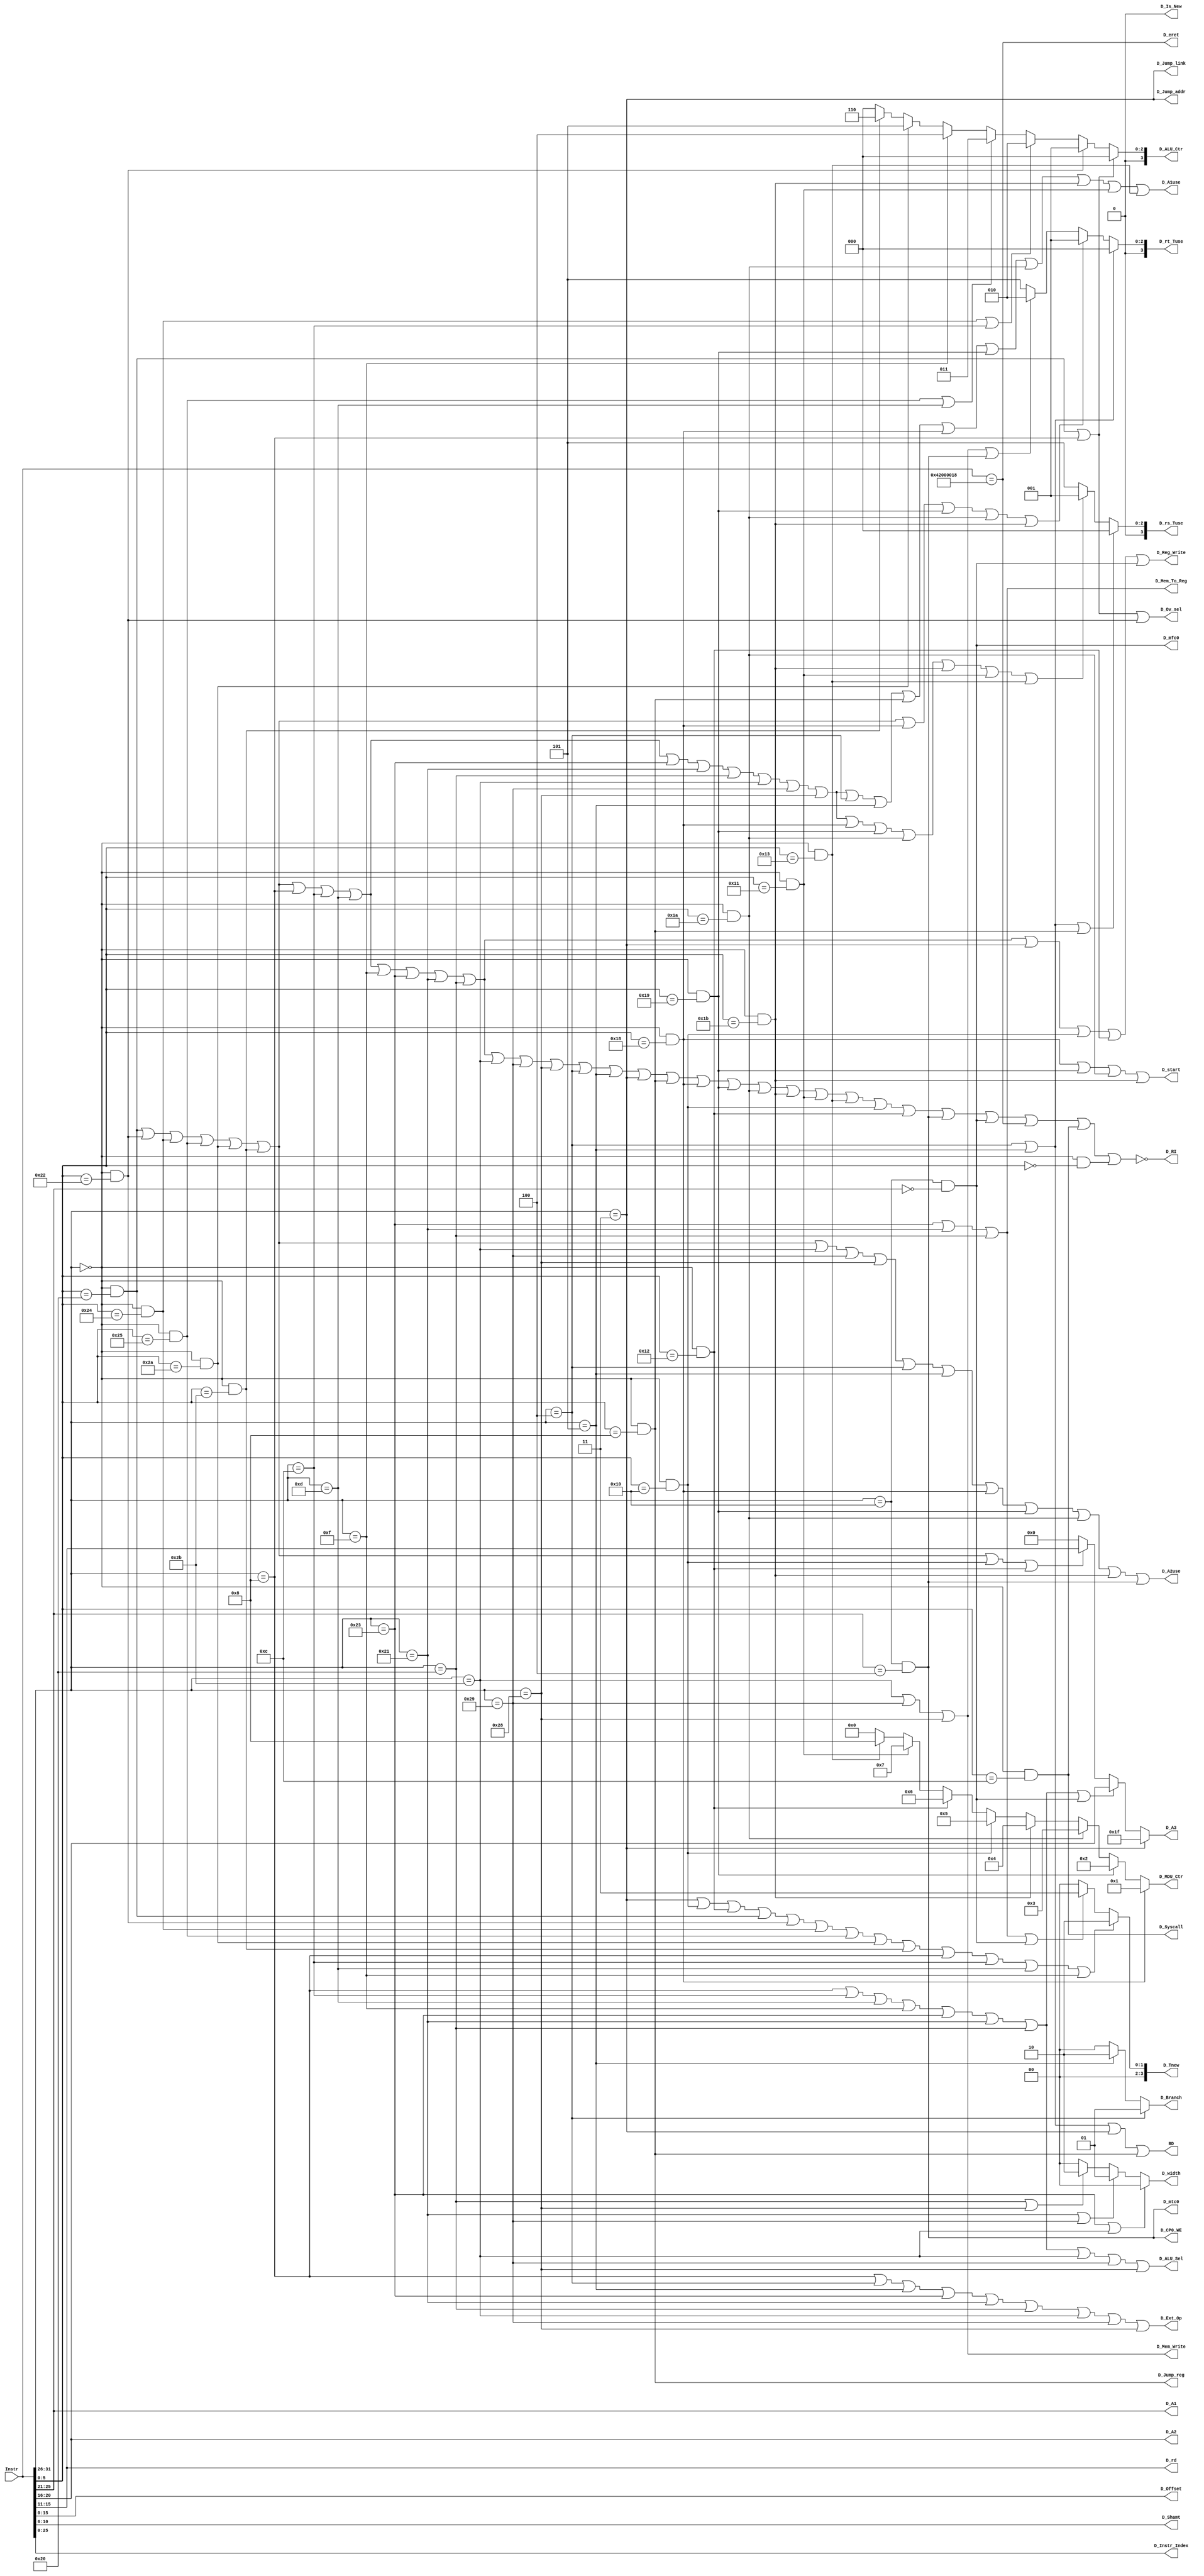
`timescale 1ns / 1ps
//////////////////////////////////////////////////////////////////////////////////
// Company: 
// Engineer: 
// 
// Design Name: 
// Module Name:    D_controller 
// Project Name: 
// Target Devices: 
// Tool versions: 
// Description: 
//
// Dependencies: 
//
// Revision: 
// Revision 0.01 - File Created
// Additional Comments: 
//
//////////////////////////////////////////////////////////////////////////////////
module D_Controller(
	input [31:0] Instr,
//Splitter	    
	output [4:0] D_A1,
    output [4:0] D_A2,
    output [4:0] D_A3,
    output [4:0] D_rd,
    output [15:0] D_Offset,
    output [4:0] D_Shamt,
    output [25:0] D_Instr_Index,
//Controller	
	output D_ALU_Sel,
    output D_Mem_To_Reg,
    output D_Mem_Write,
    output [1:0] D_width,
    output D_Reg_Write,
    output [1:0] D_Branch,
    output D_Ext_Op,
    output D_Jump_addr,
    output D_Jump_reg,
	output D_Jump_link,
    output [3:0] D_ALU_Ctr,
	output [3:0] D_MDU_Ctr,
	output D_start,
	
	output D_RI,
	output D_Syscall,
	output D_eret,
	output D_mfc0,
	output D_mtc0,
	output D_CP0_WE,
	output BD,
	output D_Ov_sel,
	
	output D_Is_New,
	
//Forward_control	
	output [3:0] D_rs_Tuse,
	output [3:0] D_rt_Tuse,
	output [3:0] D_Tnew,
	output D_A1use,//use
    output D_A2use
    );

//splitter
    wire [5:0] Op;
    wire [5:0] Funct;
    assign Funct = Instr[5:0];
    assign D_Shamt = Instr[10:6];
	assign D_rd = Instr[15:11];
    wire [5:0]rd = Instr[15:11];
    assign D_A2 = Instr[20:16];
    assign D_A1 = Instr[25:21];
    assign Op = Instr[31:26];
    assign D_Instr_Index = Instr[25:0];
    assign D_Offset = Instr[15:0];
	
//control
	wire add = (Op == 6'b000000 && Funct == 6'b100000);
	wire sub = (Op == 6'b000000 && Funct == 6'b100010);
	wire And = (Op == 6'b000000 && Funct == 6'b100100);
	wire Or  = (Op == 6'b000000 && Funct == 6'b100101);
	wire slt = (Op == 6'b000000 && Funct == 6'b101010);
	wire sltu= (Op == 6'b000000 && Funct == 6'b101011);
	
	wire addi= (Op == 6'b001000);
	wire andi= (Op == 6'b001100);
	wire ori = (Op == 6'b001101);
	wire lui = (Op == 6'b001111);
	
	wire lw  = (Op == 6'b100011);
	wire lh  = (Op == 6'b100001);
	wire lb  = (Op == 6'b100000);

	wire sw  = (Op == 6'b101011);
	wire sh  = (Op == 6'b101001);
	wire sb  = (Op == 6'b101000);
	
	wire beq = (Op == 6'b000100);
	wire bne = (Op == 6'b000101);
	
	wire jal = (Op == 6'b000011);
	wire jr  = (Op == 6'b000000 && Funct == 6'b001000);

	wire mult  = (Op == 6'b000000 && Funct == 6'b011000);
	wire multu = (Op == 6'b000000 && Funct == 6'b011001);
	wire div   = (Op == 6'b000000 && Funct == 6'b011010);
	wire divu  = (Op == 6'b000000 && Funct == 6'b011011);
	
	wire mfhi  = (Op == 6'b000000 && Funct == 6'b010000);//(load from HI)
	wire mflo  = (Op == 6'b000000 && Funct == 6'b010010);
	wire mthi  = (Op == 6'b000000 && Funct == 6'b010001);//(write to HI)
	wire mtlo  = (Op == 6'b000000 && Funct == 6'b010011);	
	
	assign D_mfc0 = (Op == 6'b010000 && D_A1 == 5'b00000);
	assign D_mtc0 = (Op == 6'b010000 && D_A1 == 5'b00100);
	assign D_eret = (Instr == 32'b010000_1000_0000_0000_0000_0000_011000); 
	assign D_Syscall = (Op == 6'b000000 && Funct == 6'b001100);

	//wire new = (Op == 6'b000000 && Funct == 6'b010011);	
	//wire new = (Op == 6'b000011);
	
	assign D_RI = ~(add | sub | And | Or | slt | sltu |
					addi | andi | ori | lui |
					lw | lh | lb |
					sw | sh | sb |
					beq | bne | jal | jr |
					mult | multu | div | divu | 
					mthi | mtlo | mfhi | mflo |
					D_mtc0 | D_mfc0 | D_eret | D_Syscall |
					(Op == 6'b000000 && Funct == 6'b000000));

	assign D_CP0_WE = D_mtc0;
	assign D_Ov_sel = add | addi | sub;
	
	assign BD = beq | bne | jal | jr | 1'b0 ;
	
//decode
	assign D_A3	= 	(jal) 								? 5'd31 :		//chooose 31 as A3
					(addi | andi | ori | lui |
					lw | lh | lb | D_mfc0) 				? Instr[20:16]:	//chooose rt as A3
					(add | sub | And | Or | slt | sltu |
					mfhi | mflo) 						? Instr[15:11]:	//chooose rd as A3		(jalr)
					5'd0;
					
	assign D_ALU_Sel    = 	addi | andi | ori | lui |
							lw | lh | lb |
							sw | sh | sb | 1'b0;
//dm							
	assign D_Mem_To_Reg = lw | lh | lb | 1'b0;
	assign D_Mem_Write  = sw | sh | sb | 1'b0;
	assign D_width		= (lw | sw) ? 2'b00 :
						  (lh | sh) ? 2'b01 :
						  (lb | sb) ? 2'b10 : 2'b00;
//grf
	assign D_Reg_Write  = 	add | sub | And | Or | slt | sltu |
							addi | andi | ori | lui |
							lw | lh | lb |
							jal |
							mfhi | mflo |
							D_mfc0 | 1'b0;

	assign D_Branch   = beq ? 2'b01:
						bne ? 2'b10: 2'b00;
						
	assign D_Ext_Op   = addi |
						beq | bne |
						lw | lh | lb |
						sw | sh | sb | 1'b0;
	
	assign D_Jump_addr    = jal | 1'b0;//jump to instr_index
	assign D_Jump_reg     = jr | 1'b0; //jump to RD1
	assign D_Jump_link    = jal | 1'b0;//GPR[rd] <- PC+8 (PC+8)
	
	assign D_ALU_Ctr = 	(add | addi) 	? 4'b0000 :
						(sub)			? 4'b0001 :
						(And | andi) 	? 4'b0010 :
						(Or  | ori ) 	? 4'b0011 :
						(lui) 			? 4'b0100 :
						(slt) 			? 4'b0101 :
						(sltu)			? 4'b0110 : 
						(lw|lh|lb|sw|sh|sb)? 4'b0000: 4'b0000;
						
	assign D_MDU_Ctr = 	mult ? 4'b0001 : 
						multu? 4'b0010 :
						div  ? 4'b0011 :
						divu ? 4'b0100 : 
						mfhi ? 4'b0101 :  
						mflo ? 4'b0110 : 
						mthi ? 4'b0111 : //WD3_Sel
						mtlo ? 4'b1000 : 0;	
		
	assign D_start = mult | multu | div | divu | 1'b0;

	assign D_Is_New = 1'b0; 	

//Forwarding 	
	assign D_rs_Tuse = 	(beq | bne | jr ) 					? 4'd0 :
						(add | sub | And | Or | slt | sltu |
						addi | andi | ori |
						lw | lh | lb |
						sw | sh | sb |
						mult | multu | div | divu |
						mthi | mtlo ) 						? 4'd1 : 4'd5 ;
						
	assign D_rt_Tuse = 	(beq | bne ) 						? 4'd0 :
						(add | sub | And | Or | slt | sltu |
						mult | multu | div | divu ) 		? 4'd1 :
						(sw | sh | sb |
						D_mtc0 ) 								? 4'd2 : 4'd5 ;
					 
	assign D_Tnew  = //() ? 4'd1 :
					 (jal |
					 mfhi | mflo |
					 add | sub | And | Or | slt | sltu |
					 addi | andi | ori | lui) 			? 4'd2 :
					 (lw | lh | lb |
					 D_mfc0 ) 							? 4'd3 : 4'd0 ;
			 
	assign D_A1use = add | sub | And | Or | slt | sltu |
					 addi | andi | ori |
					 lw | lh | lb |
					 sw | sh | sb | 
					 beq | bne | jr | 
					 mult | multu | div | divu |
					 mthi | mtlo | 1'b0;
	assign D_A2use = add | sub | And | Or | slt | sltu |
					 sw | sh | sb | 
					 beq | bne |
					 mult | multu | div | divu | 
					 D_mtc0 |
					 1'b0;

endmodule